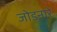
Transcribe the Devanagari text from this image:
जोडनारे